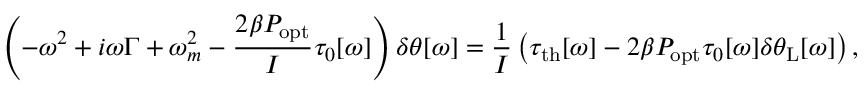
\left( - \omega ^ { 2 } + i \omega \Gamma + \omega _ { m } ^ { 2 } - \frac { 2 \beta P _ { \mathrm { o p t } } } { I } \tau _ { 0 } [ \omega ] \right) \delta \theta [ \omega ] = \frac { 1 } { I } \left( \tau _ { \mathrm { { t h } } } [ \omega ] - 2 \beta P _ { \mathrm { o p t } } \tau _ { 0 } [ \omega ] \delta \theta _ { \mathrm { L } } [ \omega ] \right) ,